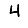
Digit: 4